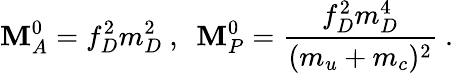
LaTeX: {\cal\mathbf{M}}_{A}^{0}=f_{D}^{2}m_{D}^{2}~,~~{\cal\mathbf{M}}_{P}^{0}=\frac{{f_{D}^{2}m_{D}^{4}}}{{(m_{u}+m_{c})^{2}}}~.